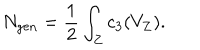
N _ { \mathrm { g e n } } = { \frac { 1 } { 2 } } \int _ { Z } c _ { 3 } ( V _ { Z } ) .